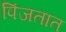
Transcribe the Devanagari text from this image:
पिंजतात